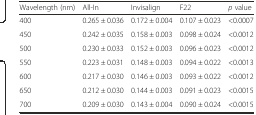
<table><thead><tr><td><b>Wavelength (nm)</b></td><td><b>All-In</b></td><td><b>Invisalign</b></td><td><b>F22</b></td><td><b><i>p</i> value</b></td></tr></thead><tbody><tr><td>400</td><td>0.265 ± 0.036</td><td>0.172 ± 0.004</td><td>0.107 ± 0.023</td><td>&lt;0.0007</td></tr><tr><td>450</td><td>0.242 ± 0.035</td><td>0.158 ± 0.003</td><td>0.098 ± 0.024</td><td>&lt;0.0012</td></tr><tr><td>500</td><td>0.230 ± 0.033</td><td>0.152 ± 0.003</td><td>0.096 ± 0.023</td><td>&lt;0.0012</td></tr><tr><td>550</td><td>0.223 ± 0.031</td><td>0.148 ± 0.003</td><td>0.094 ± 0.022</td><td>&lt;0.0013</td></tr><tr><td>600</td><td>0.217 ± 0.030</td><td>0.146 ± 0.003</td><td>0.093 ± 0.022</td><td>&lt;0.0012</td></tr><tr><td>650</td><td>0.212 ± 0.030</td><td>0.144 ± 0.003</td><td>0.091 ± 0.023</td><td>&lt;0.0015</td></tr><tr><td>700</td><td>0.209 ± 0.030</td><td>0.143 ± 0.004</td><td>0.090 ± 0.024</td><td>&lt;0.0015</td></tr></tbody></table>